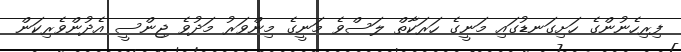
ފިރިހެނުންގެ ހަށިގަނޑުގައި މަނީގެ ހަރަކާތް ލަސްވެ މަނީގެ މިންވަރު މަދުވެ ޖިންސީ އެދުންވެރިކަން